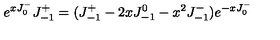
e ^ { x J _ { 0 } ^ { - } } J _ { - 1 } ^ { + } = ( J _ { - 1 } ^ { + } - 2 x J _ { - 1 } ^ { 0 } - x ^ { 2 } J _ { - 1 } ^ { - } ) e ^ { - x J _ { 0 } ^ { - } }